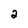
Character: a